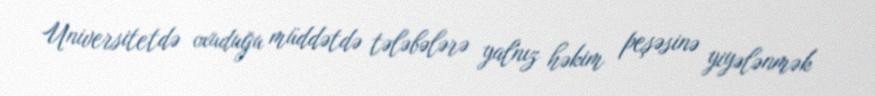
Universitetdə oxuduğu müddətdə tələbələrə yalnız həkim peşəsinə yiyələnmək